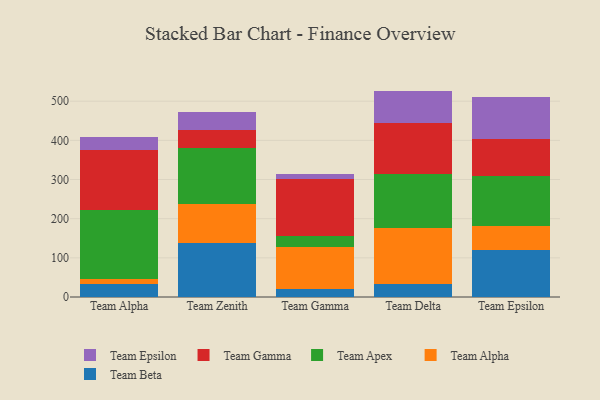
{"axis": {"x": "Team", "y": "Net Income (USD K)"}, "legend": ["Team Alpha", "Team Apex", "Team Beta", "Team Epsilon", "Team Gamma"], "data": [{"x": "Team Alpha", "y": 33.7, "type": "Team Beta"}, {"x": "Team Alpha", "y": 11.6, "type": "Team Alpha"}, {"x": "Team Alpha", "y": 176.7, "type": "Team Apex"}, {"x": "Team Alpha", "y": 152.2, "type": "Team Gamma"}, {"x": "Team Alpha", "y": 33.2, "type": "Team Epsilon"}, {"x": "Team Zenith", "y": 137.6, "type": "Team Beta"}, {"x": "Team Zenith", "y": 101.0, "type": "Team Alpha"}, {"x": "Team Zenith", "y": 141.8, "type": "Team Apex"}, {"x": "Team Zenith", "y": 45.4, "type": "Team Gamma"}, {"x": "Team Zenith", "y": 45.6, "type": "Team Epsilon"}, {"x": "Team Gamma", "y": 21.7, "type": "Team Beta"}, {"x": "Team Gamma", "y": 105.3, "type": "Team Alpha"}, {"x": "Team Gamma", "y": 28.5, "type": "Team Apex"}, {"x": "Team Gamma", "y": 147.1, "type": "Team Gamma"}, {"x": "Team Gamma", "y": 11.7, "type": "Team Epsilon"}, {"x": "Team Delta", "y": 33.2, "type": "Team Beta"}, {"x": "Team Delta", "y": 143.2, "type": "Team Alpha"}, {"x": "Team Delta", "y": 136.7, "type": "Team Apex"}, {"x": "Team Delta", "y": 131.1, "type": "Team Gamma"}, {"x": "Team Delta", "y": 82.2, "type": "Team Epsilon"}, {"x": "Team Epsilon", "y": 121.2, "type": "Team Beta"}, {"x": "Team Epsilon", "y": 60.9, "type": "Team Alpha"}, {"x": "Team Epsilon", "y": 127.6, "type": "Team Apex"}, {"x": "Team Epsilon", "y": 94.3, "type": "Team Gamma"}, {"x": "Team Epsilon", "y": 105.6, "type": "Team Epsilon"}]}